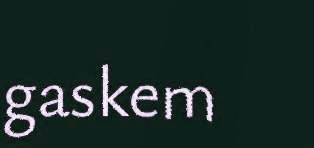
gaskem